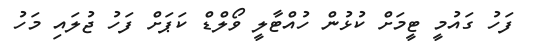
ފަހު ގައުމީ ޓީމަށް ކުޅުން ހުއްޓާލީ ވޯލްޑް ކަޕަށް ފަހު ޖުލައި މަހު